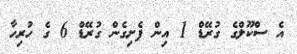
އެ ސްކޫލްގެ ގުރޭޑް 1 އިން ފެށިގެން ގުރޭޑް 6 ގެ ހުރިހާ